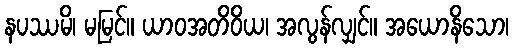
နပဿမိ၊ မမြင်။ ယာဝအတိဝိယ၊ အလွန်လျှင်။ အယောနိသော၊